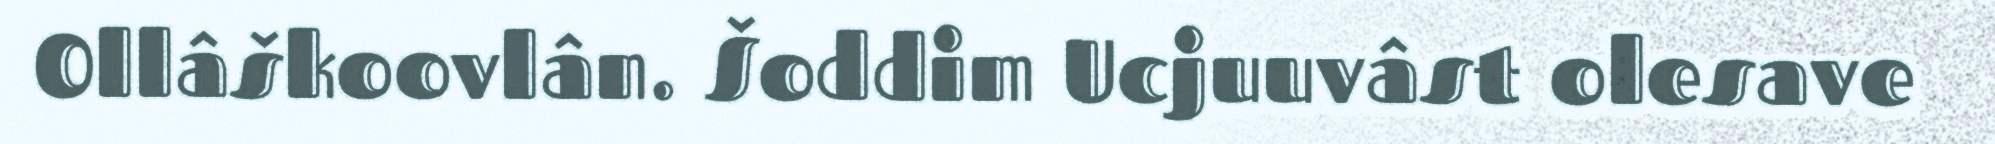
Ollâškoovlân. Šoddim Ucjuuvâst olesave